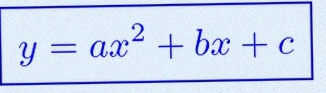
y=ax^2+bx+c